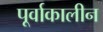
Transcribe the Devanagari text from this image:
पूर्वाकालीन